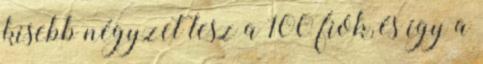
kisebb négyzet lesz a 100 fiók, és így a